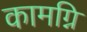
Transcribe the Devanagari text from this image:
कामग्नि